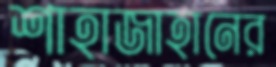
শাহাজাহানের